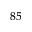
^ { 8 5 }